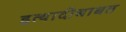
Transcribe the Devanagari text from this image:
इत्यादीबाबत